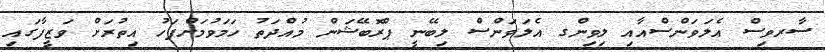
ސާރވިސް އެލަވަންސްއާއި ލިވިންގ އެލަވަންސް ލިބޭނީ ޕްރޮބޭޝަން މުއްދަތު ހަމަވުމަށްފަހު އިތުރަށް ވަޒީފާގައި